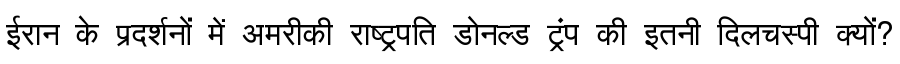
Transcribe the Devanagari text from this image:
ईरान के प्रदर्शनों में अमरीकी राष्ट्रपति डोनल्ड ट्रंप की इतनी दिलचस्पी क्यों?